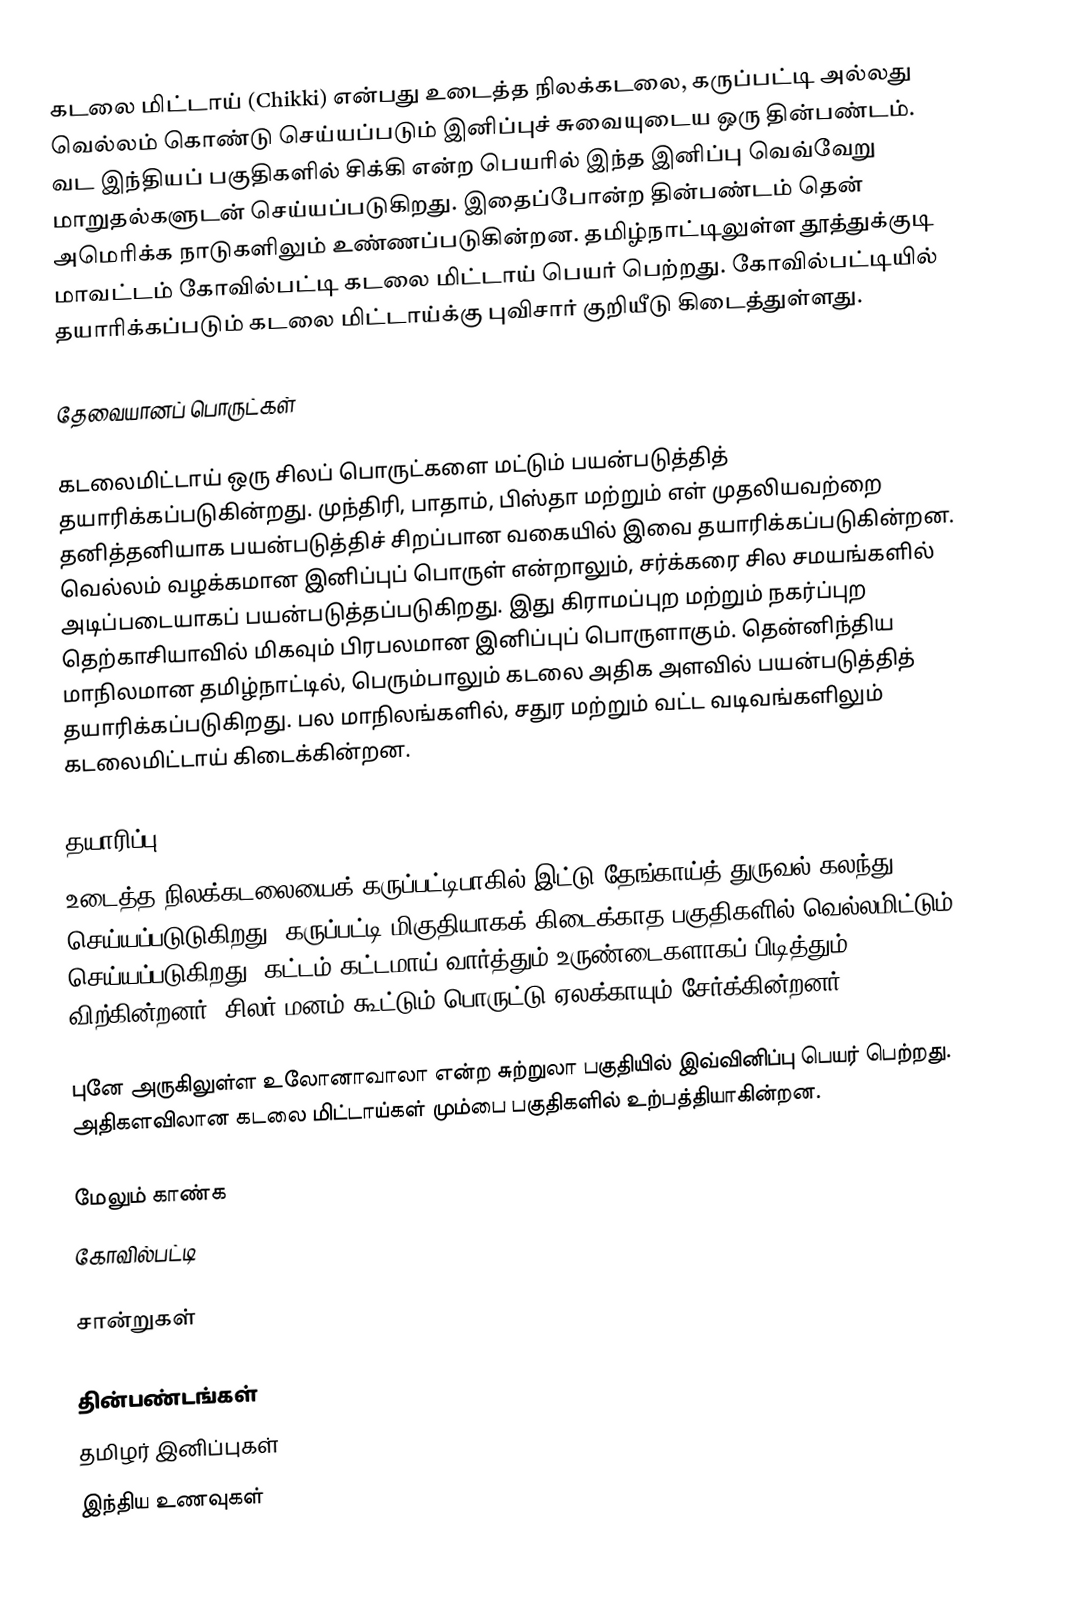
கடலை மிட்டாய் (Chikki) என்பது உடைத்த நிலக்கடலை, கருப்பட்டி அல்லது வெல்லம் கொண்டு செய்யப்படும் இனிப்புச் சுவையுடைய ஒரு தின்பண்டம். வட இந்தியப் பகுதிகளில் சிக்கி என்ற பெயரில் இந்த இனிப்பு வெவ்வேறு மாறுதல்களுடன் செய்யப்படுகிறது. இதைப்போன்ற தின்பண்டம் தென் அமெரிக்க நாடுகளிலும் உண்ணப்படுகின்றன. தமிழ்நாட்டிலுள்ள தூத்துக்குடி மாவட்டம் கோவில்பட்டி கடலை மிட்டாய் பெயர் பெற்றது. கோவில்பட்டியில் தயாரிக்கப்படும் கடலை மிட்டாய்க்கு புவிசார் குறியீடு கிடைத்துள்ளது.

தேவையானப் பொருட்கள்

கடலைமிட்டாய் ஒரு சிலப் பொருட்களை மட்டும் பயன்படுத்தித் தயாரிக்கப்படுகின்றது. முந்திரி, பாதாம், பிஸ்தா மற்றும் எள் முதலியவற்றை தனித்தனியாக பயன்படுத்திச் சிறப்பான வகையில் இவை தயாரிக்கப்படுகின்றன. வெல்லம் வழக்கமான இனிப்புப் பொருள் என்றாலும், சர்க்கரை சில சமயங்களில் அடிப்படையாகப் பயன்படுத்தப்படுகிறது. இது கிராமப்புற மற்றும் நகர்ப்புற தெற்காசியாவில் மிகவும் பிரபலமான இனிப்புப் பொருளாகும். தென்னிந்திய மாநிலமான தமிழ்நாட்டில், பெரும்பாலும் கடலை அதிக அளவில் பயன்படுத்தித் தயாரிக்கப்படுகிறது. பல மாநிலங்களில், சதுர மற்றும் வட்ட வடிவங்களிலும் கடலைமிட்டாய் கிடைக்கின்றன.

தயாரிப்பு
உடைத்த நிலக்கடலையைக் கருப்பட்டிபாகில் இட்டு தேங்காய்த் துருவல் கலந்து செய்யப்படுடுகிறது. கருப்பட்டி மிகுதியாகக் கிடைக்காத பகுதிகளில் வெல்லமிட்டும் செய்யப்படுகிறது. கட்டம் கட்டமாய் வார்த்தும் உருண்டைகளாகப் பிடித்தும் விற்கின்றனர். சிலர் மனம் கூட்டும் பொருட்டு ஏலக்காயும் சேர்க்கின்றனர்.

புனே அருகிலுள்ள உலோனாவாலா என்ற சுற்றுலா பகுதியில் இவ்வினிப்பு பெயர் பெற்றது. அதிகளவிலான கடலை மிட்டாய்கள் மும்பை பகுதிகளில் உற்பத்தியாகின்றன.

மேலும் காண்க
 கோவில்பட்டி

சான்றுகள்

தின்பண்டங்கள்
தமிழர் இனிப்புகள்
இந்திய உணவுகள்